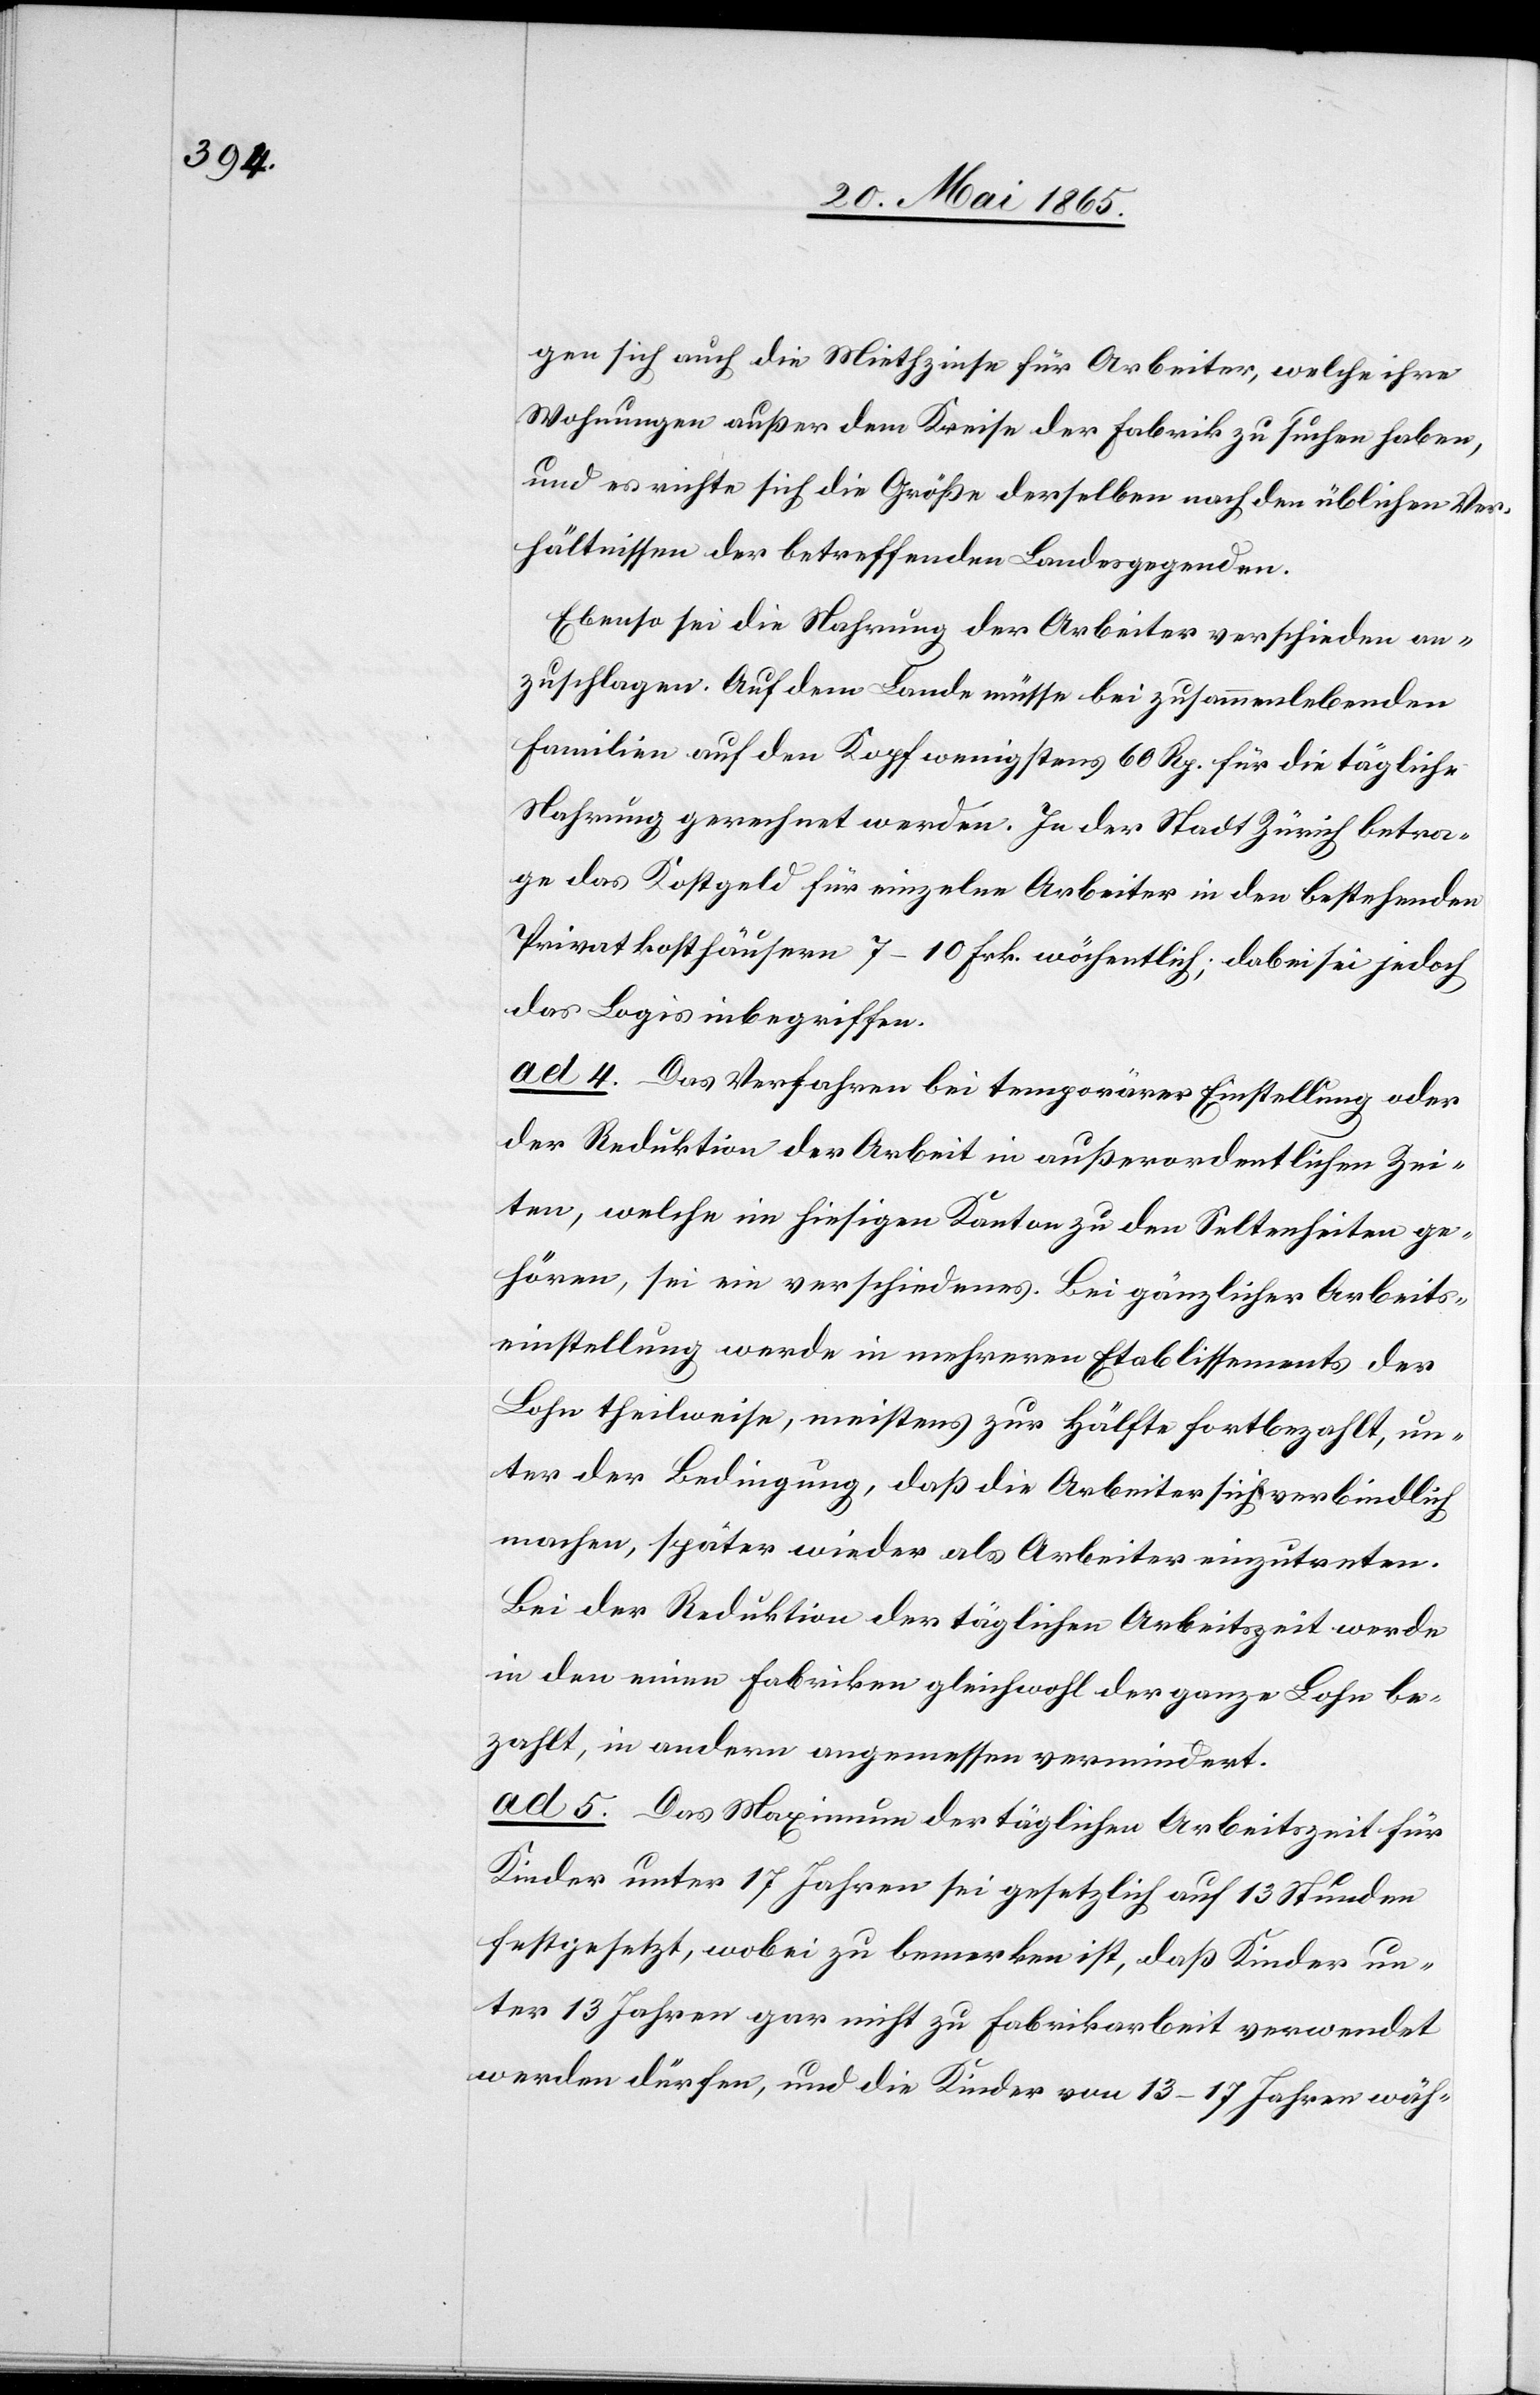
gen sich auch die Miethzinse für Arbeiter, welche ihre
Wohnungen außer dem Kreise der Fabrik zu suchen haben,
und es richte sich die Größe derselben nach den üblichen Ver¬
hältnissen der betreffenden Landesgegenden.
Ebenso sei die Nahrung der Arbeiter verschieden an¬
zuschlagen. Auf dem Lande müsse bei zusammenlebenden
Familien auf den Kopf wenigstens 60 Rp. für die tägliche
Nahrung gerechnet werden. In der Stadt Zürich betra¬
ge das Kostgeld für einzelne Arbeiter in den bestehenden
Privatkosthäusern 7–10 Frk. wöchentlich; dabei sei jedoch
das Logis inbegriffen.
ad 4. Das Verfahren bei temporärer Einstellung oder
der Reduktion der Arbeit in außerordentlichen Zei¬
ten, welche im hiesigen Kanton zu den Seltenheiten ge¬
hören, sei ein verschiedenes. Bei gänzlicher Arbeits¬
einstellung werde in mehreren Etablissements der
Lohn theilweise, meistens zur Hälfte fortbezahlt, un¬
ter der Bedingung, daß die Arbeiter sich verbindlich
machen, später wieder als Arbeiter einzutreten.
Bei der Reduktion der täglichen Arbeitszeit werde
in den einen Fabriken gleichwohl der ganze Lohn be¬
zahlt, in andern angemessen vermindert.
ad 5. Das Maximum der täglichen Arbeitszeit für
Kinder unter 17 Jahren sei gesetzlich auf 13 Stunden
festgesetzt, wobei zu bemerken ist, daß Kinder un¬
ter 13 Jahren gar nicht zu Fabrikarbeit verwendet
werden dürfen, und die Kinder von 13–17 Jahren wäh-